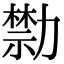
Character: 𠢱